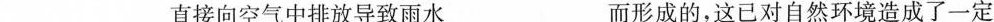
___直接向空气中排放导致雨水___而形成的，这已对自然环境造成了一定